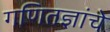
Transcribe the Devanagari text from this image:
गणितज्ञांचे